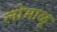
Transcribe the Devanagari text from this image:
लोभाळू